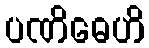
ပဏိဓေဟိ